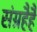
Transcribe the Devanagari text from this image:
संग्रहैहै